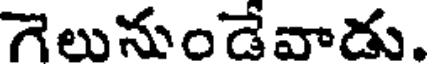
గెలునుండేవాడు.